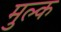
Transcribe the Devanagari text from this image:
मुल्‍क